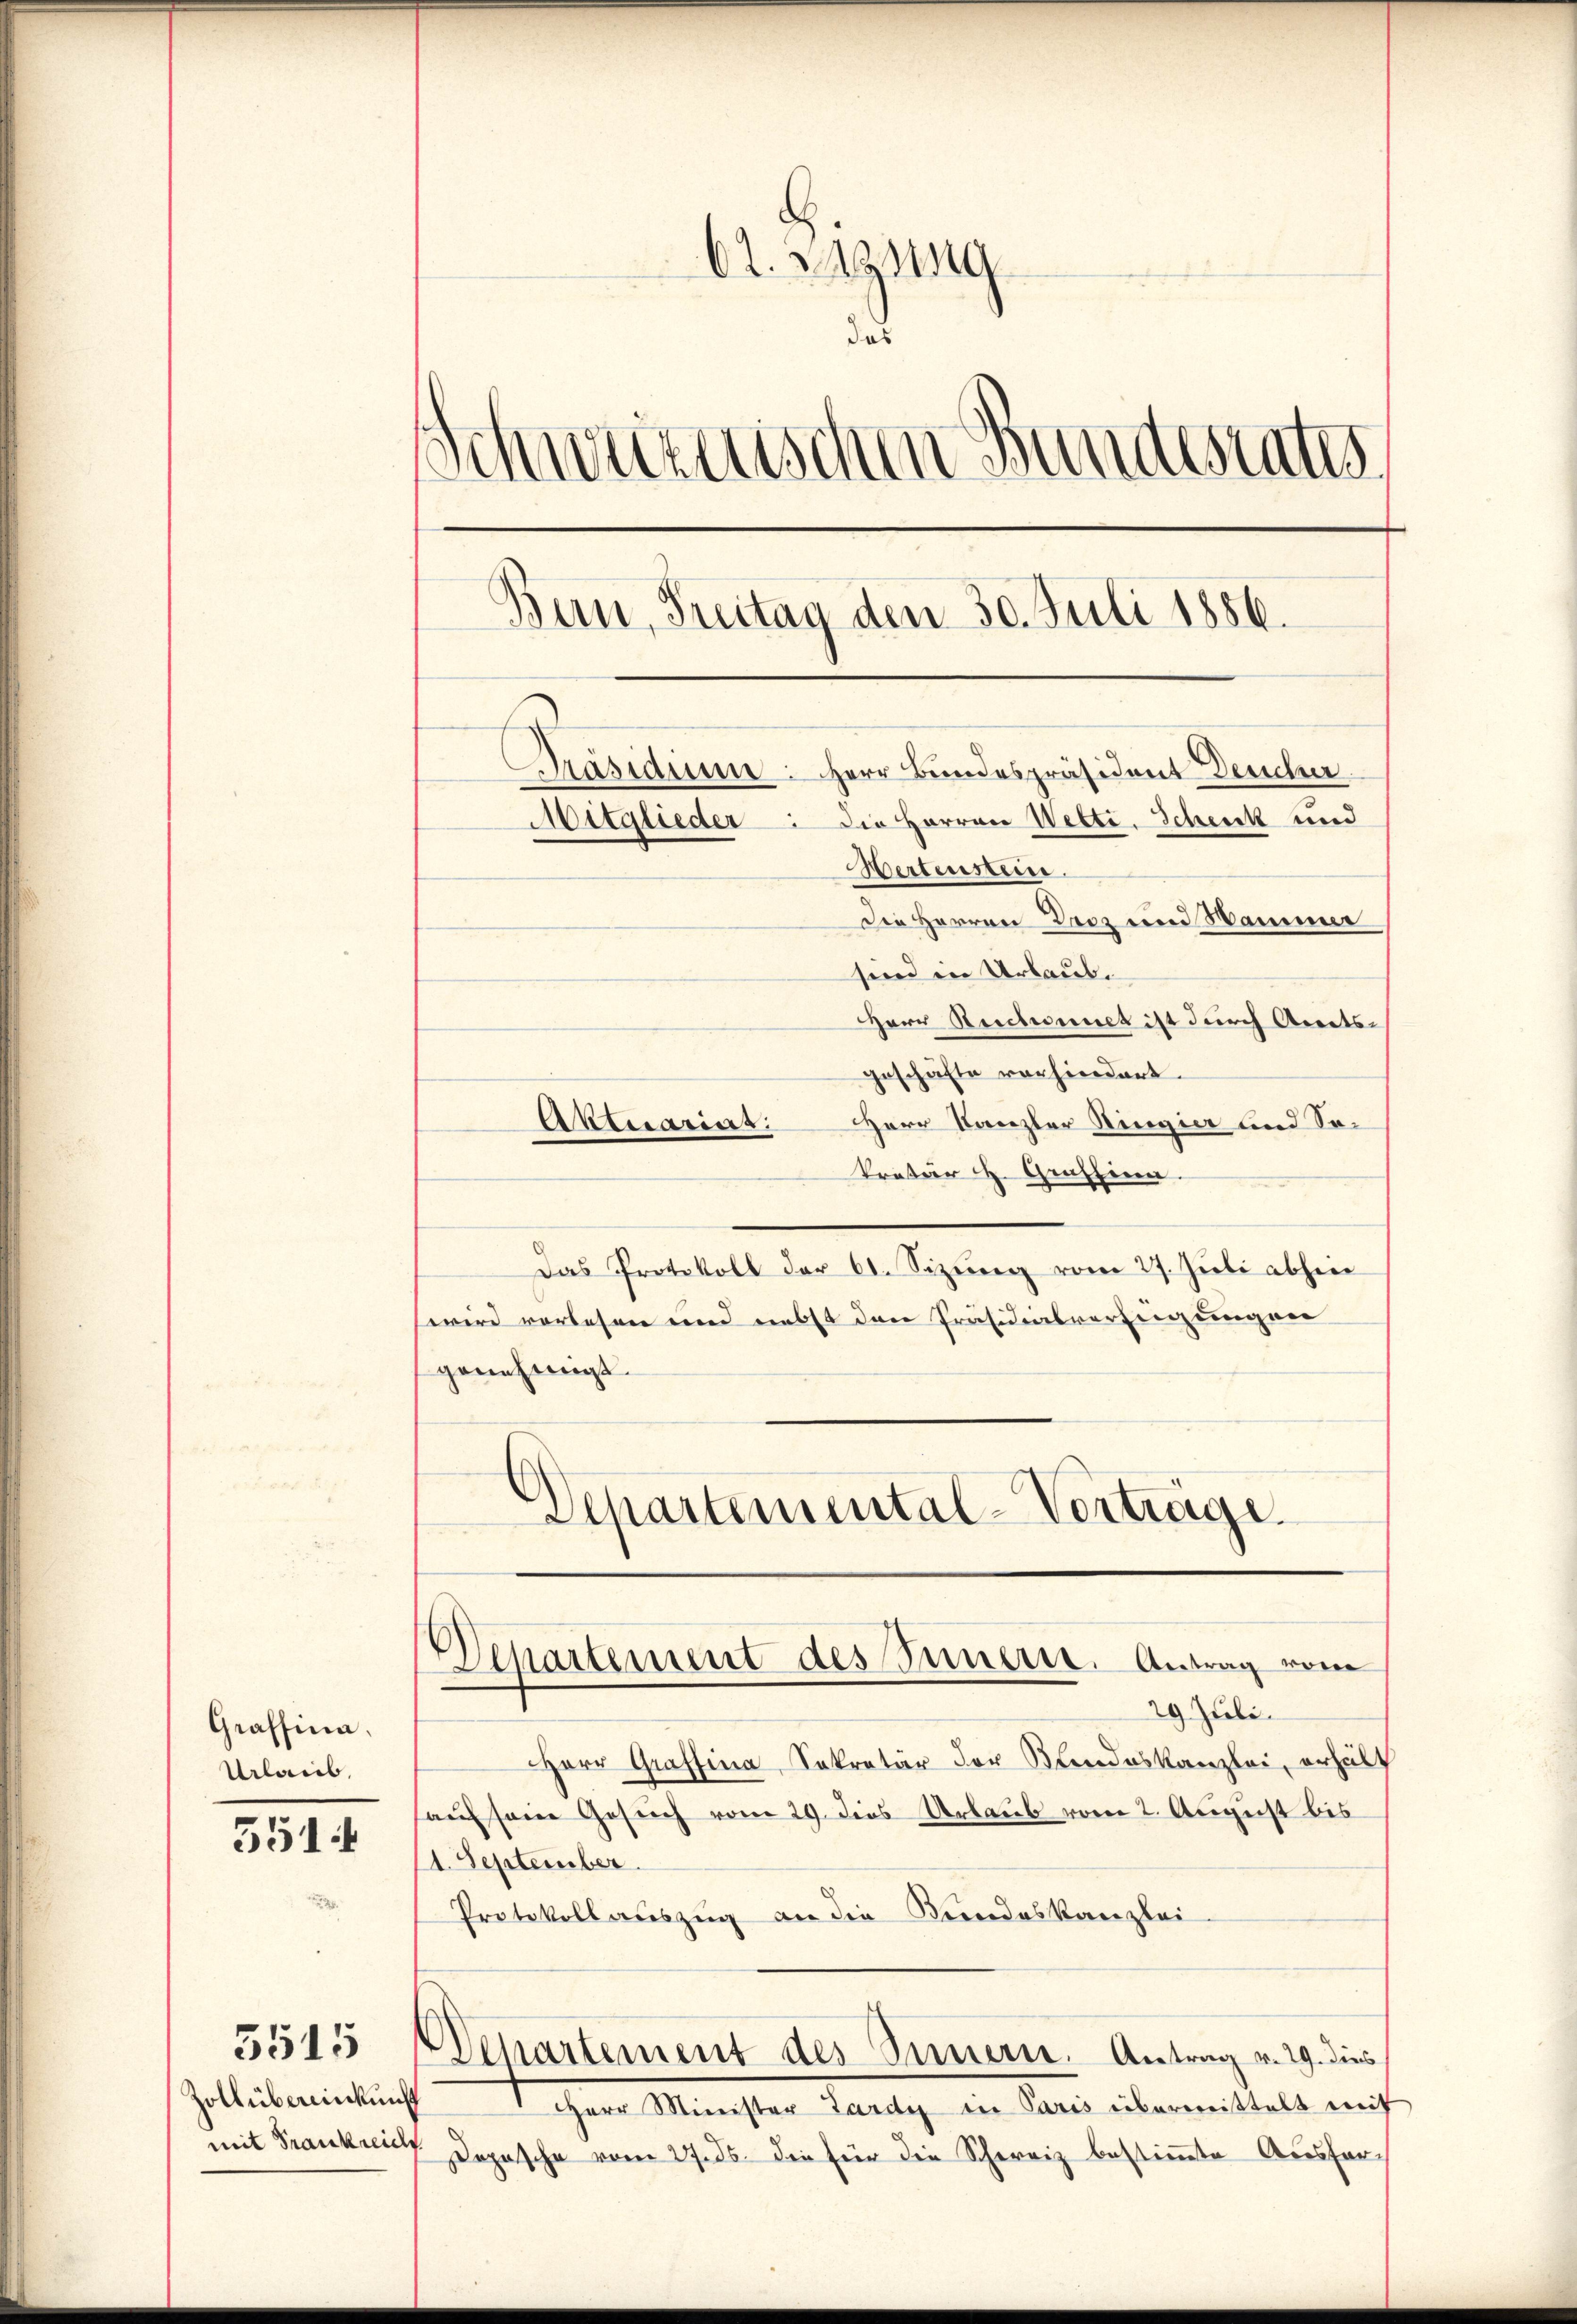
Graffina.
Urlaub,

551

Zoll übereinkunft

5515

Ct. Zung
as
Schweizerischen Bundesrates
Ban, Sentag den 30. Juli 1886.
Präsidium: Herr Bundespräsident Deucher
Mitglieder: die Herren Wetti. Schenk und
Hertenstein.
Die Herren Droz und Sammer
sind in Urlaub.
Herr Reichnet ist durch Arnets-

geschäfte vorhindert.
Aktuariat. Herr Kanzler Ringia und Sokretär H. Grafsinn.
Das Protokoll der 60. Sizŭng vom 27. Jŭli abhin
wird vorlesen und nebst den Präsidialverfügungen
genehmigt.
Departemental-Verträge.

29 Juli.
Herr Graffina, Sekretär der Blindeskanzlei, erhält
auf seine Gesuch vom 29. dies Urlaub vom 2. August bis
14. September.
Protokoll auszug an die Kindeskanzlei
Separtement des Innern. Antrag v. 29. dies
Herr Minister Zardi in Paris überweittelt mit
mit Frankreich Dopasche vom 27. ds. die für die Schereiz bestimmte Ausfer¬

Departement des Innern. Antrag von